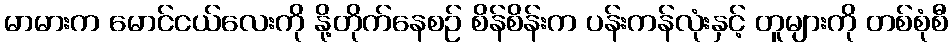
မာမားက မောင်ငယ်လေးကို နို့တိုက်နေစဉ် စိန်စိန်းက ပန်းကန်လုံးနှင့် တူများကို တစ်စုံစီ